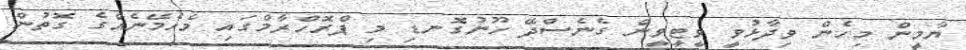
ޔާމީން މިހެން ވިދާޅުވީ ވީޓީވީން ގެނެސްދޭ ހޫނުގޮނޑި މި ޕްރޮހްރާމްގައި މެހެމޭނެއްގެ ގޮތުން